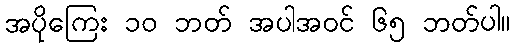
အပိုကြေး ၁၀ ဘတ် အပါအဝင် ၆၅ ဘတ်ပါ။